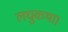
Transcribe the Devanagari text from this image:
लघुकथा।